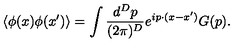
\left< \phi ( x ) \phi ( x ^ { \prime } ) \right> = \int \frac { d ^ { D } p } { ( 2 \pi ) ^ { D } } e ^ { i p \cdot ( x - x ^ { \prime } ) } G ( p ) .